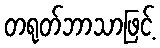
တရုတ်ဘာသာဖြင့်